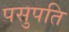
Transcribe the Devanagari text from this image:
पसुपति